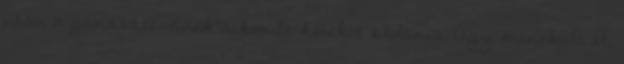
után a gonosztevőnek sikerült kereket oldania. Úgy menekült el,